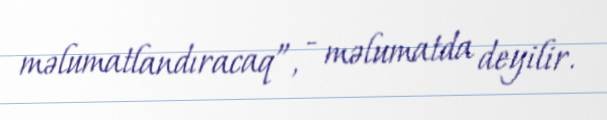
məlumatlandıracaq”, - məlumatda deyilir.